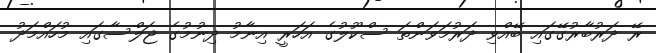
ރޭ ދަރުބާރުގޭގައި ބޭއްވި ދަރުމަވަންތަ ސްކޫލުގެ އަހަރީ އިނާމު ދިނުމުގެ ޖަލްސާގައި މުހައްމަދު